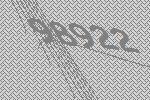
98922